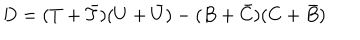
D = ( T + \bar { T } ) ( U + \bar { U } ) - ( B + \bar { C } ) ( C + \bar { B } )